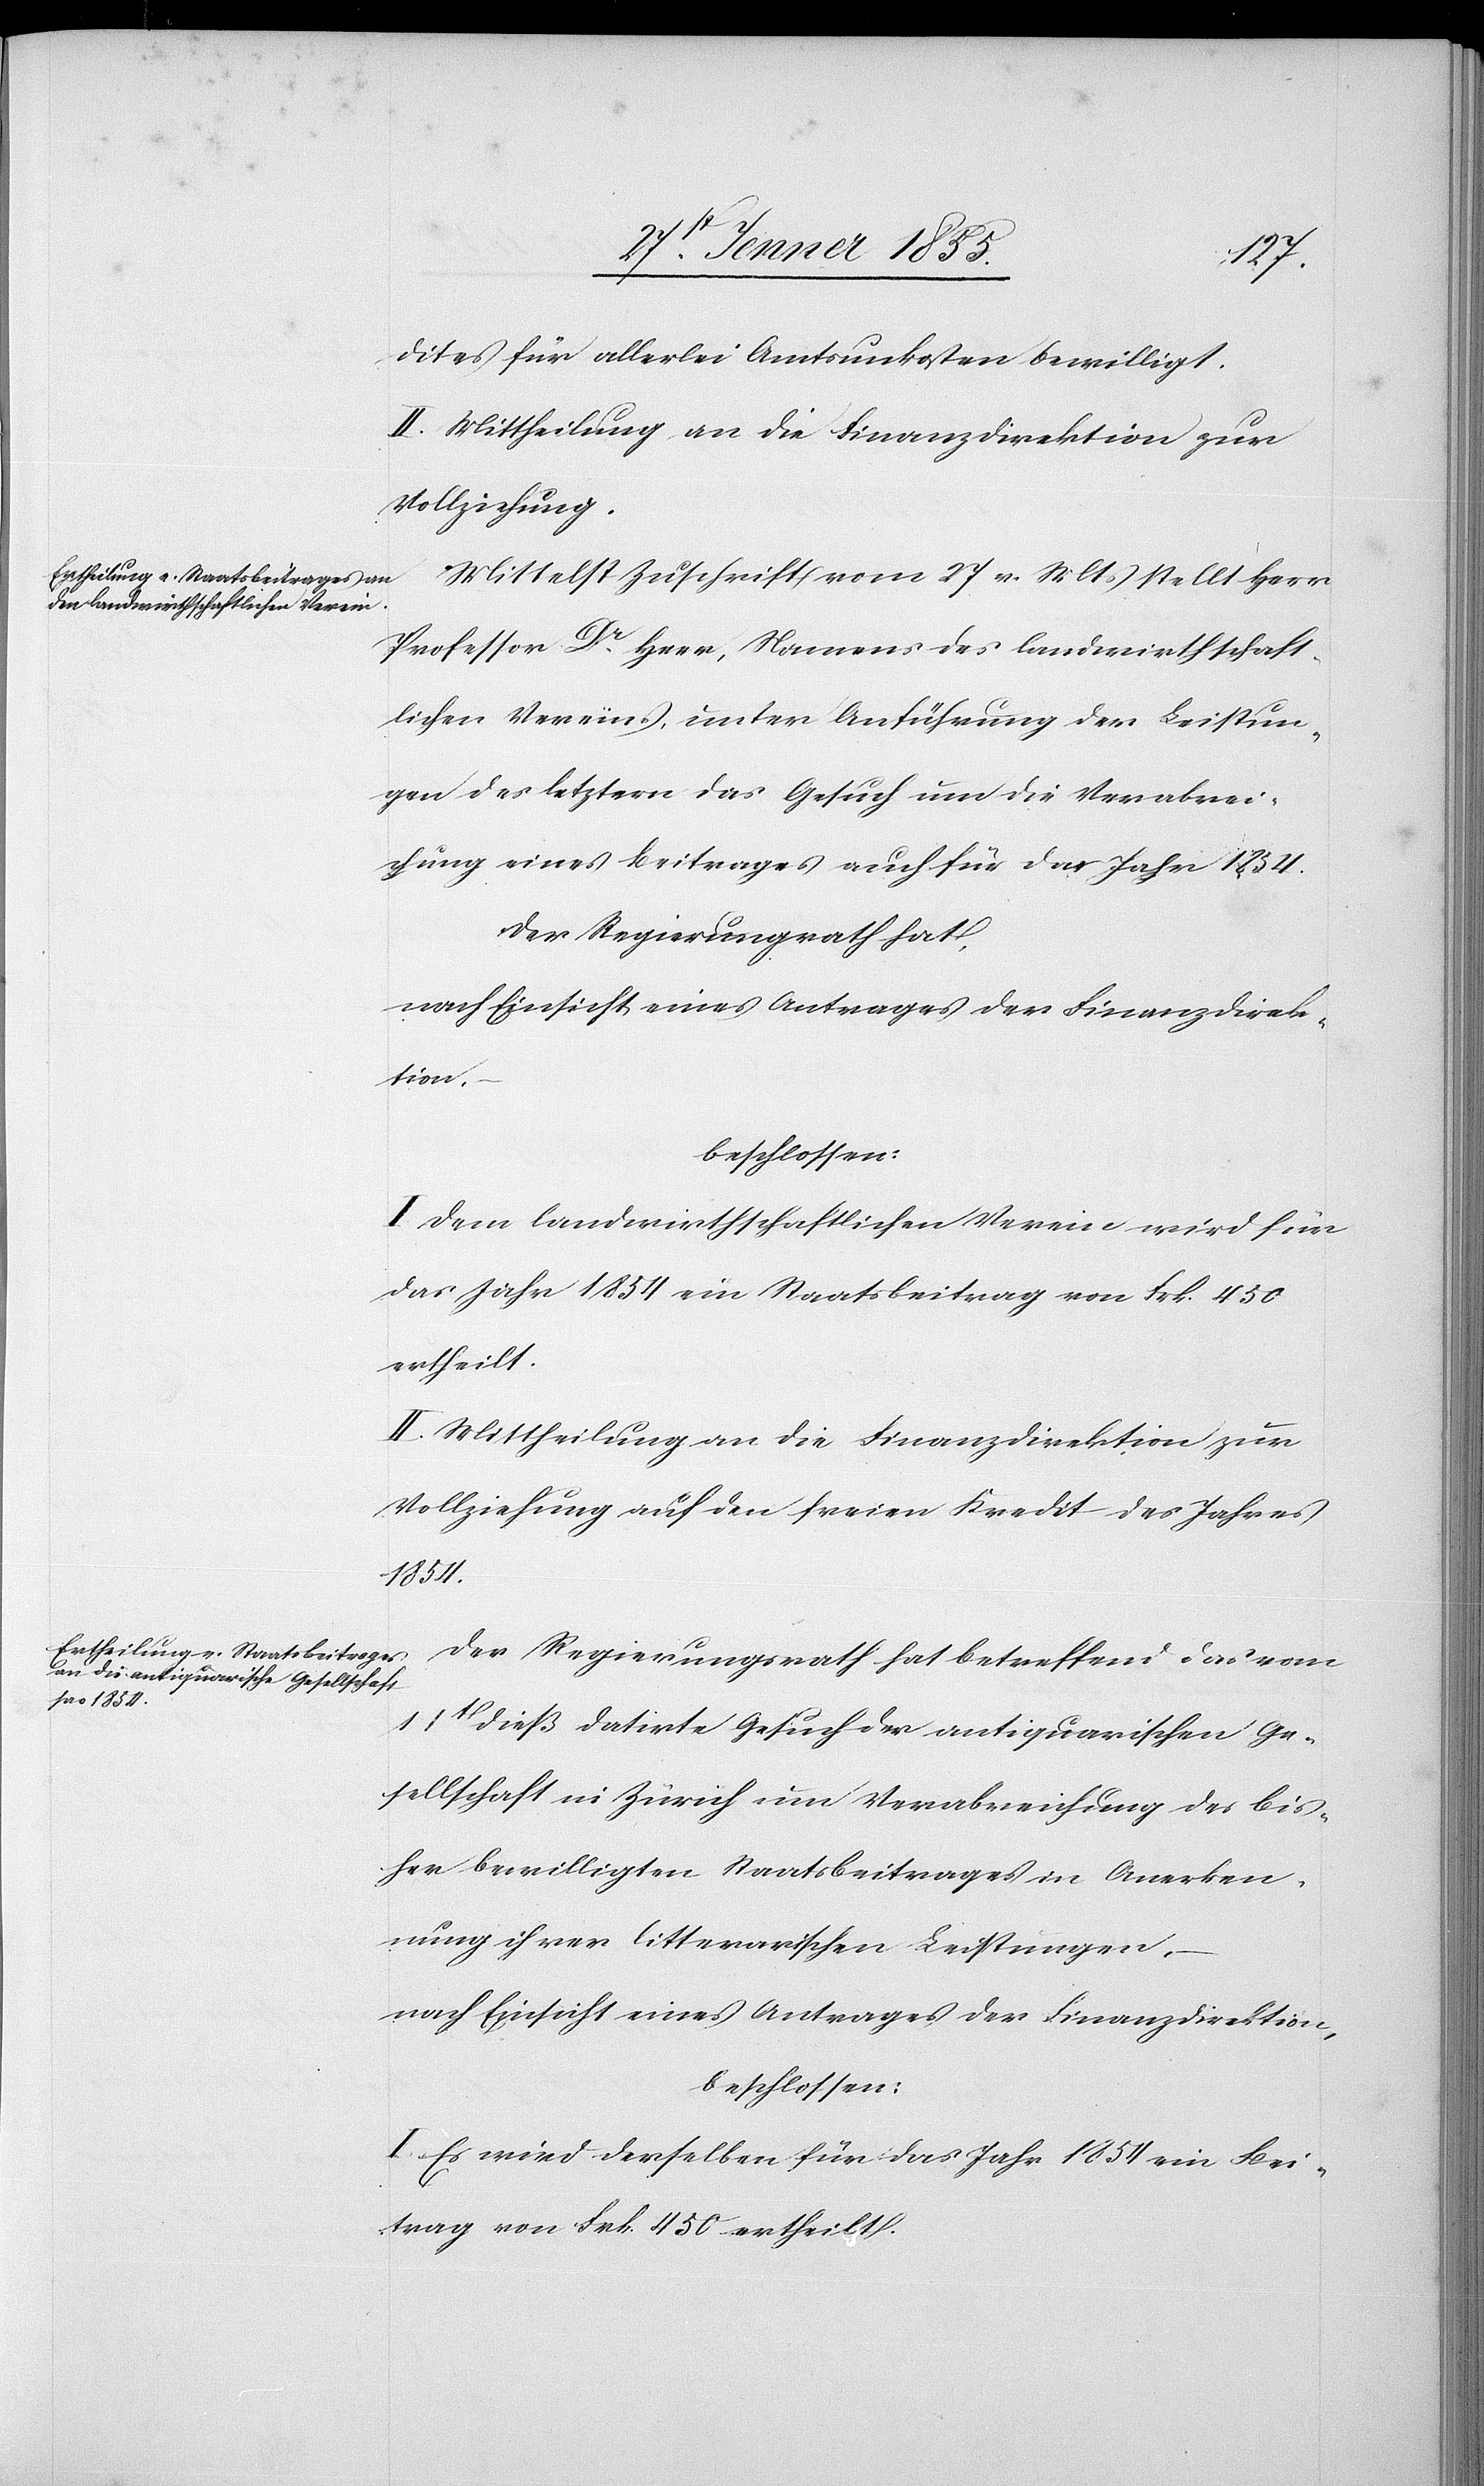
dites für allerlei Amtsunkosten bewilligt.
II. Mittheilung an die Finanzdirektion zur
Vollziehung.
Mittelst Zuschrift vom 27 v. Mts stellt Herr
Professor Dr. Heer, Namens des landwirthschaft¬
lichen Vereins, unter Anführung der Leistun¬
gen des letztern das Gesuch um die Verabrei¬
chung eines Beitrages auch für das Jahr 1854.
Der Regierungsrath hat,
I. Dem landwirthschaftlichen Verein wird für
das Jahr 1854 ein Staatsbeitrag von Frk. 450
ertheilt.
II. Mittheilung an die Finanzdirektion zur
Vollziehung auf den freien Kredit des Jahres
1854.
Der Regierungsrath hat betreffend das vom
dieß datirte Gesuch der antiquarischen Ge¬
sellschaft in Zürich um Verabreichung des bis¬
her bewilligten Staatsbeitrages in Anerken¬
nung ihrer litterarischen Leistungen,
nach Einsicht eines Antrages der Finanzdirektion,
beschlossen:
I. Es wird derselben für das Jahr 1854 ein Bei¬
trag von Frk. 450 ertheilt.